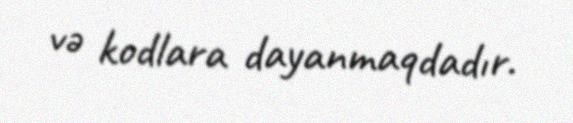
və kodlara dayanmaqdadır.